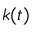
k ( t )